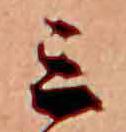
ミ